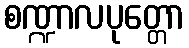
စဏ္ဍာလပုတ္တော